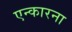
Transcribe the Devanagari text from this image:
एन्कारना